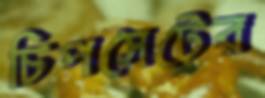
চিপসেটের